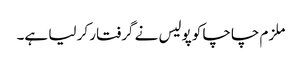
ملزم چاچا کو پولیس نے گرفتار کر لیا ہے۔